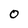
Character: 0